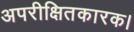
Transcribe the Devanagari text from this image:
अपरीक्षितकारक।